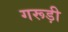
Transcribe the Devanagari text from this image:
गरूड़ी